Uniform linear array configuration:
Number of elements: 8
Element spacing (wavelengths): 1
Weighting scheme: blackman
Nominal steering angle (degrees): -60
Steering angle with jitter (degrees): -59.641
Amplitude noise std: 0.05
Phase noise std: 0.05

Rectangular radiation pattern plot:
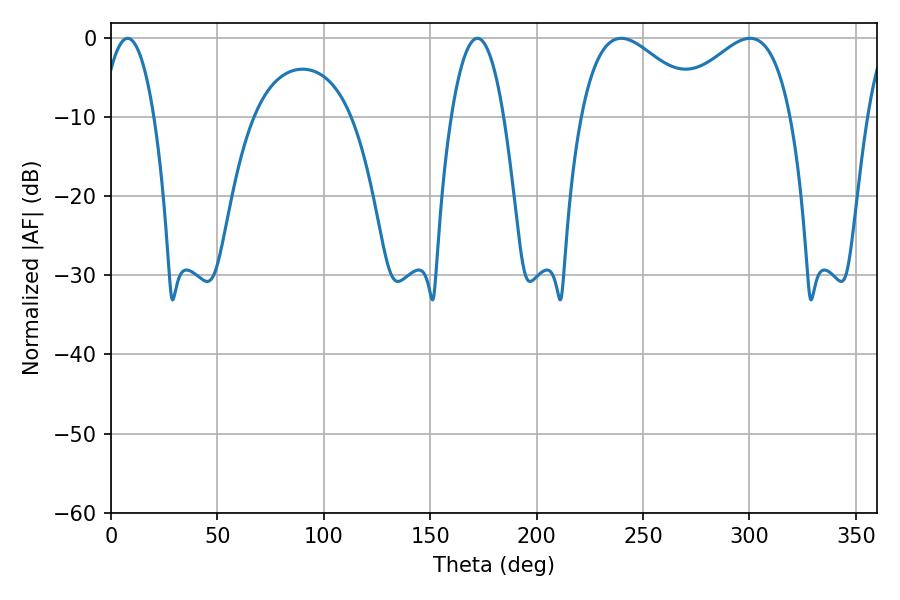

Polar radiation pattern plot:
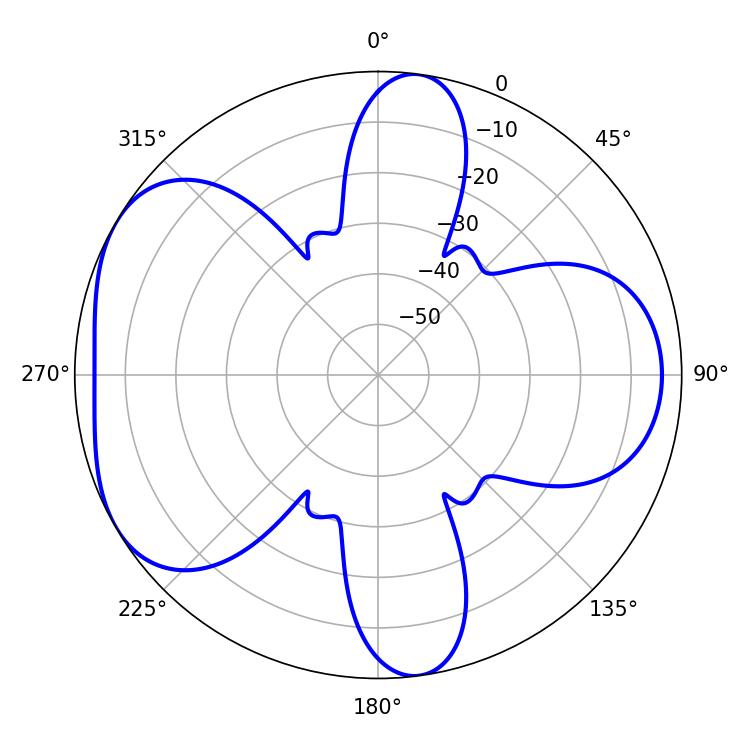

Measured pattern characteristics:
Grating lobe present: TRUE
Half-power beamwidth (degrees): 31.32
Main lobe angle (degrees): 239.76